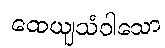
ထေယျသံဝါသော